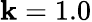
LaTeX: \mathbf{k}=1.0